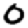
Digit: 0